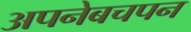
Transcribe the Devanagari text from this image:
अपनेबचपन